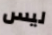
ليس